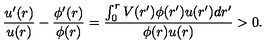
\frac { u ^ { \prime } ( r ) } { u ( r ) } - \frac { \phi ^ { \prime } ( r ) } { \phi ( r ) } = \frac { \int _ { 0 } ^ { r } V ( r ^ { \prime } ) \phi ( r ^ { \prime } ) u ( r ^ { \prime } ) d r ^ { \prime } } { \phi ( r ) u ( r ) } > 0 .